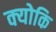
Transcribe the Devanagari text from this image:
क्‍योकि